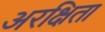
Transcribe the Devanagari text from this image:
अरक्षिता